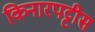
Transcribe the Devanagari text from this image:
किनारपट्टीस